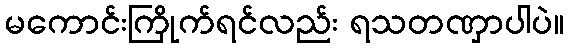
မကောင်းကြိုက်ရင်လည်း ရသတဏှာပါပဲ။